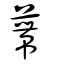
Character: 蔕